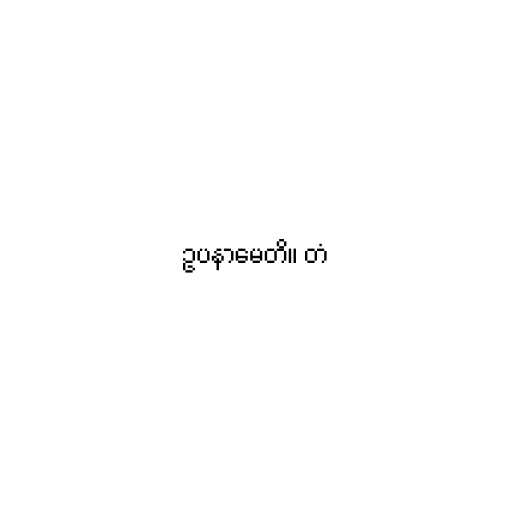
ဥပနာမေတိ။ တံ